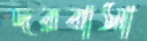
দরবাসা